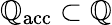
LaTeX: \mathbb{Q}_{\mathrm{{acc}}}\subset\mathbb{Q}